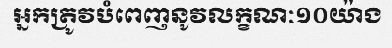
អ្នកត្រូវបំពេញនូវលក្ខណៈ១០យ៉ាង